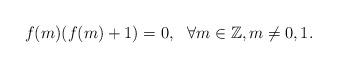
LaTeX: \begin{align*}f(m)(f(m)+1)=0, ~~ \forall m\in \mathbb Z, m\neq 0, 1.\end{align*}